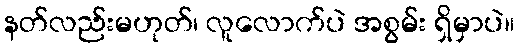
နတ်လည်းမဟုတ်၊ လူလောက်ပဲ အစွမ်း ရှိမှာပဲ။